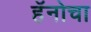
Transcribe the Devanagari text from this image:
हॅनोचा